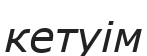
кетуім